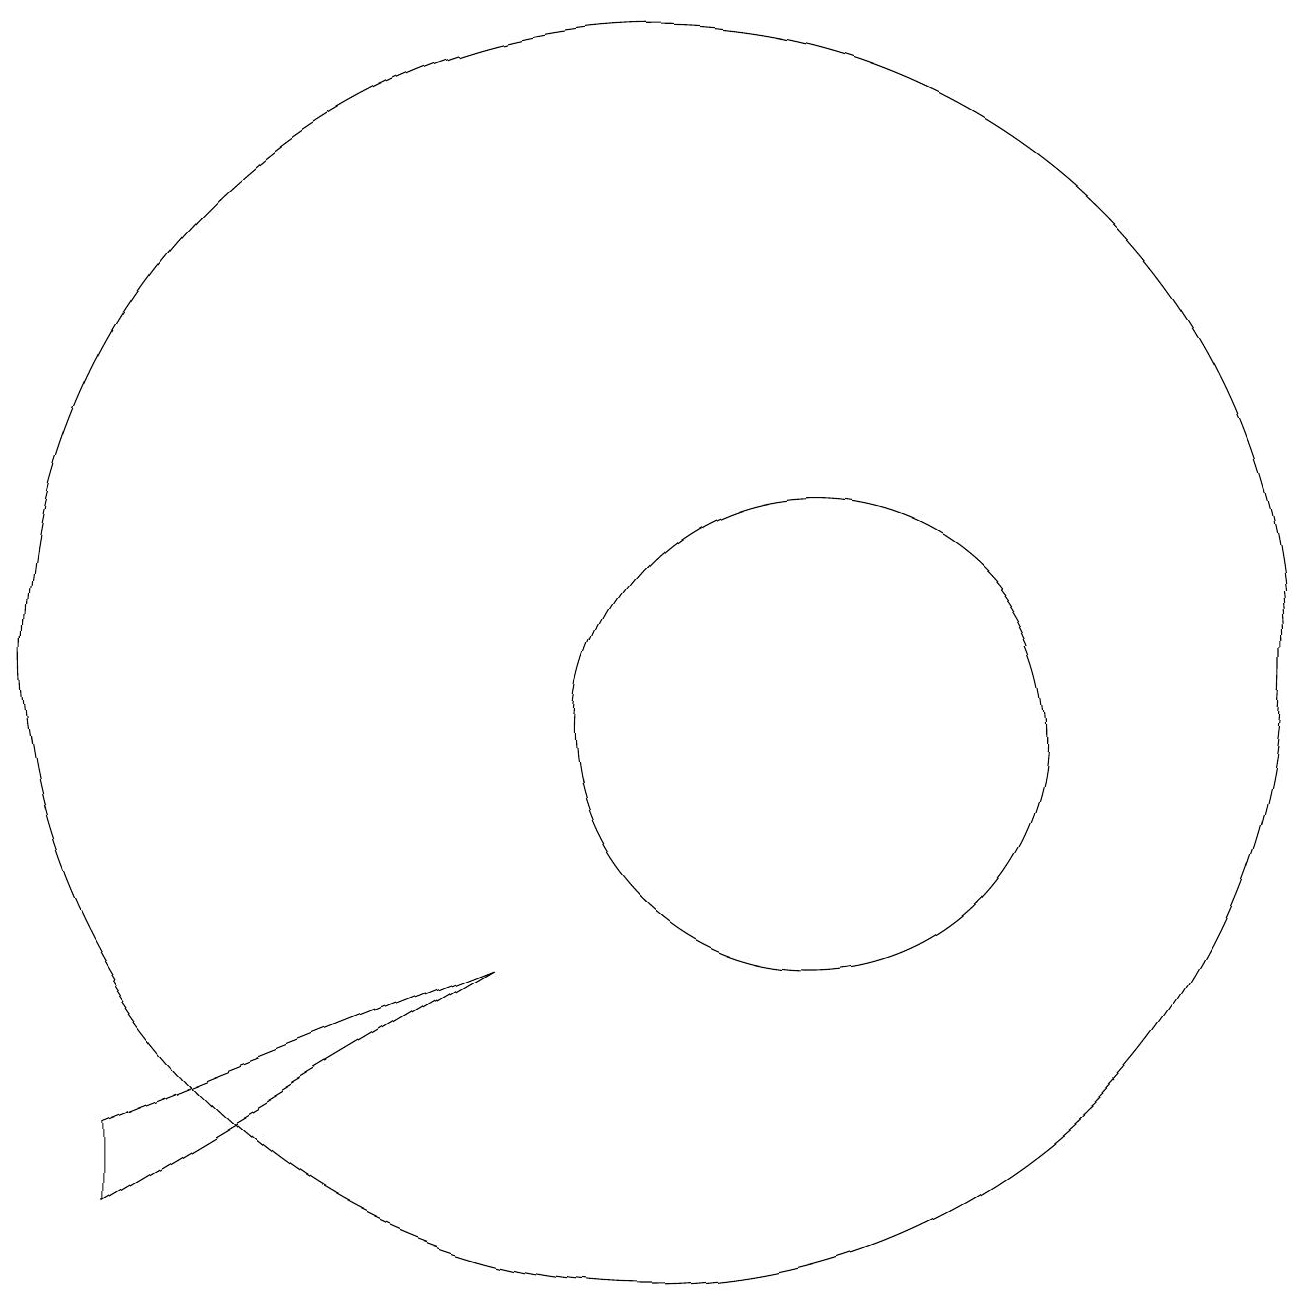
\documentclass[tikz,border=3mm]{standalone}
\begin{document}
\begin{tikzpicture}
\draw (12,11) circle (3);
\draw (10,12) circle (8);
\draw (3,6) -- (3,5) -- (8,8) -- cycle;
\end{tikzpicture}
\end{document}